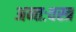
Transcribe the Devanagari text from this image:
अन्तःवस्त्र